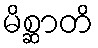
မိစ္ဆာတိ